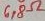
Text: 6,8Ω